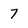
Character: 7